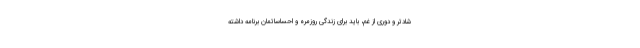
شادتر و دوری از غم، باید برای زندگی روزمره و احساساتمان برنامه داشته